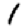
Digit: 1